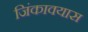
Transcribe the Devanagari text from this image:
जिंकावयास